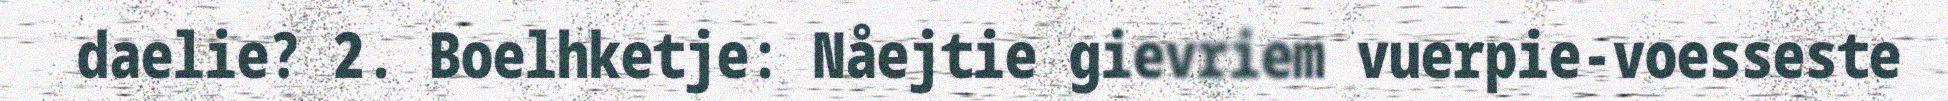
daelie? 2. Boelhketje: Nåejtie gievriem vuerpie-voesseste